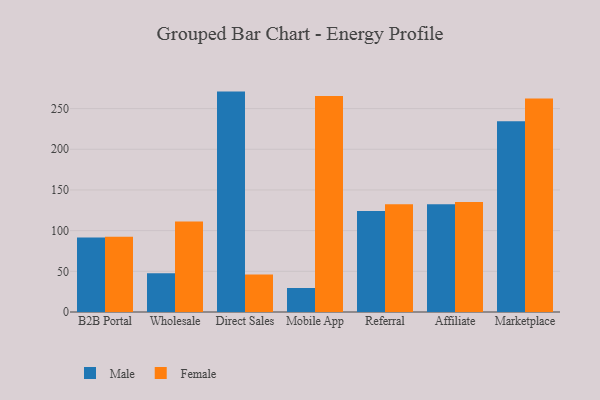
{"axis": {"x": "Channel", "y": "Population (Million)"}, "legend": ["Female", "Male"], "data": [{"x": "B2B Portal", "y": 91.5, "type": "Male"}, {"x": "B2B Portal", "y": 92.6, "type": "Female"}, {"x": "Wholesale", "y": 47.7, "type": "Male"}, {"x": "Wholesale", "y": 111.1, "type": "Female"}, {"x": "Direct Sales", "y": 270.9, "type": "Male"}, {"x": "Direct Sales", "y": 46.1, "type": "Female"}, {"x": "Mobile App", "y": 29.5, "type": "Male"}, {"x": "Mobile App", "y": 265.6, "type": "Female"}, {"x": "Referral", "y": 124.0, "type": "Male"}, {"x": "Referral", "y": 132.5, "type": "Female"}, {"x": "Affiliate", "y": 132.3, "type": "Male"}, {"x": "Affiliate", "y": 135.2, "type": "Female"}, {"x": "Marketplace", "y": 234.5, "type": "Male"}, {"x": "Marketplace", "y": 262.5, "type": "Female"}]}